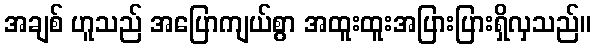
အချစ် ဟူသည် အပြောကျယ်စွာ အထူးထူးအပြားပြားရှိလှသည်။